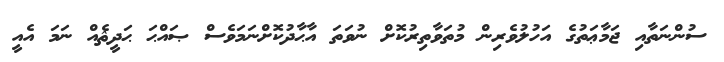
ސުންނަތާއި ޖަމާޢަތުގެ އަހުލުވެރިން މުތަވާތިރުކޮށް ނުވަތަ އާޙާދުކޮށްނަމަވެސް ޞައްޙަ ޙަދީޘެއް ނަމަ އެއީ